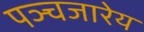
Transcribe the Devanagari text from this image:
पञ्चजारेय